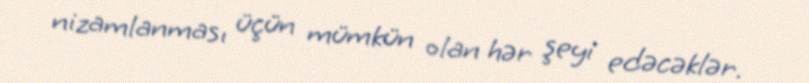
nizamlanması üçün mümkün olan hər şeyi edəcəklər.